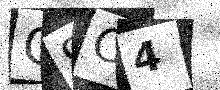
Text: G9C4